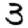
Digit: 3